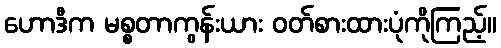
ဟောဒီက မစ္စတာကွန်းယား ဝတ်စားထားပုံကိုကြည့်။